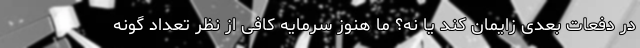
در دفعات بعدی زایمان کند یا نه؟ ما هنوز سرمایه کافی از نظر تعداد گونه